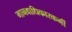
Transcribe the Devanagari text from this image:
मानवाधिकारकर्मी